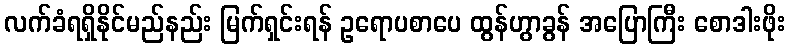
လက်ခံရရှိနိုင်မည်နည်း မြက်ရှင်းရန် ဥရောပစာပေ ထွန်ဟွာခွန် အပြောကြီး စောဒါးဖိုး